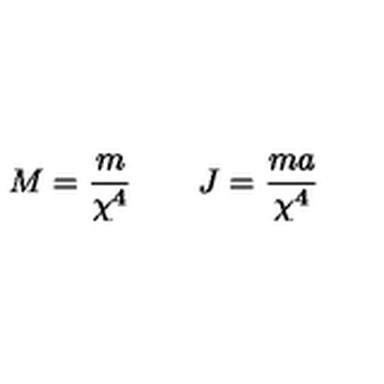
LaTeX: M = \frac { m } { \chi ^ { 4 } } \qquad J = \frac { m a } { \chi ^ { 4 } }